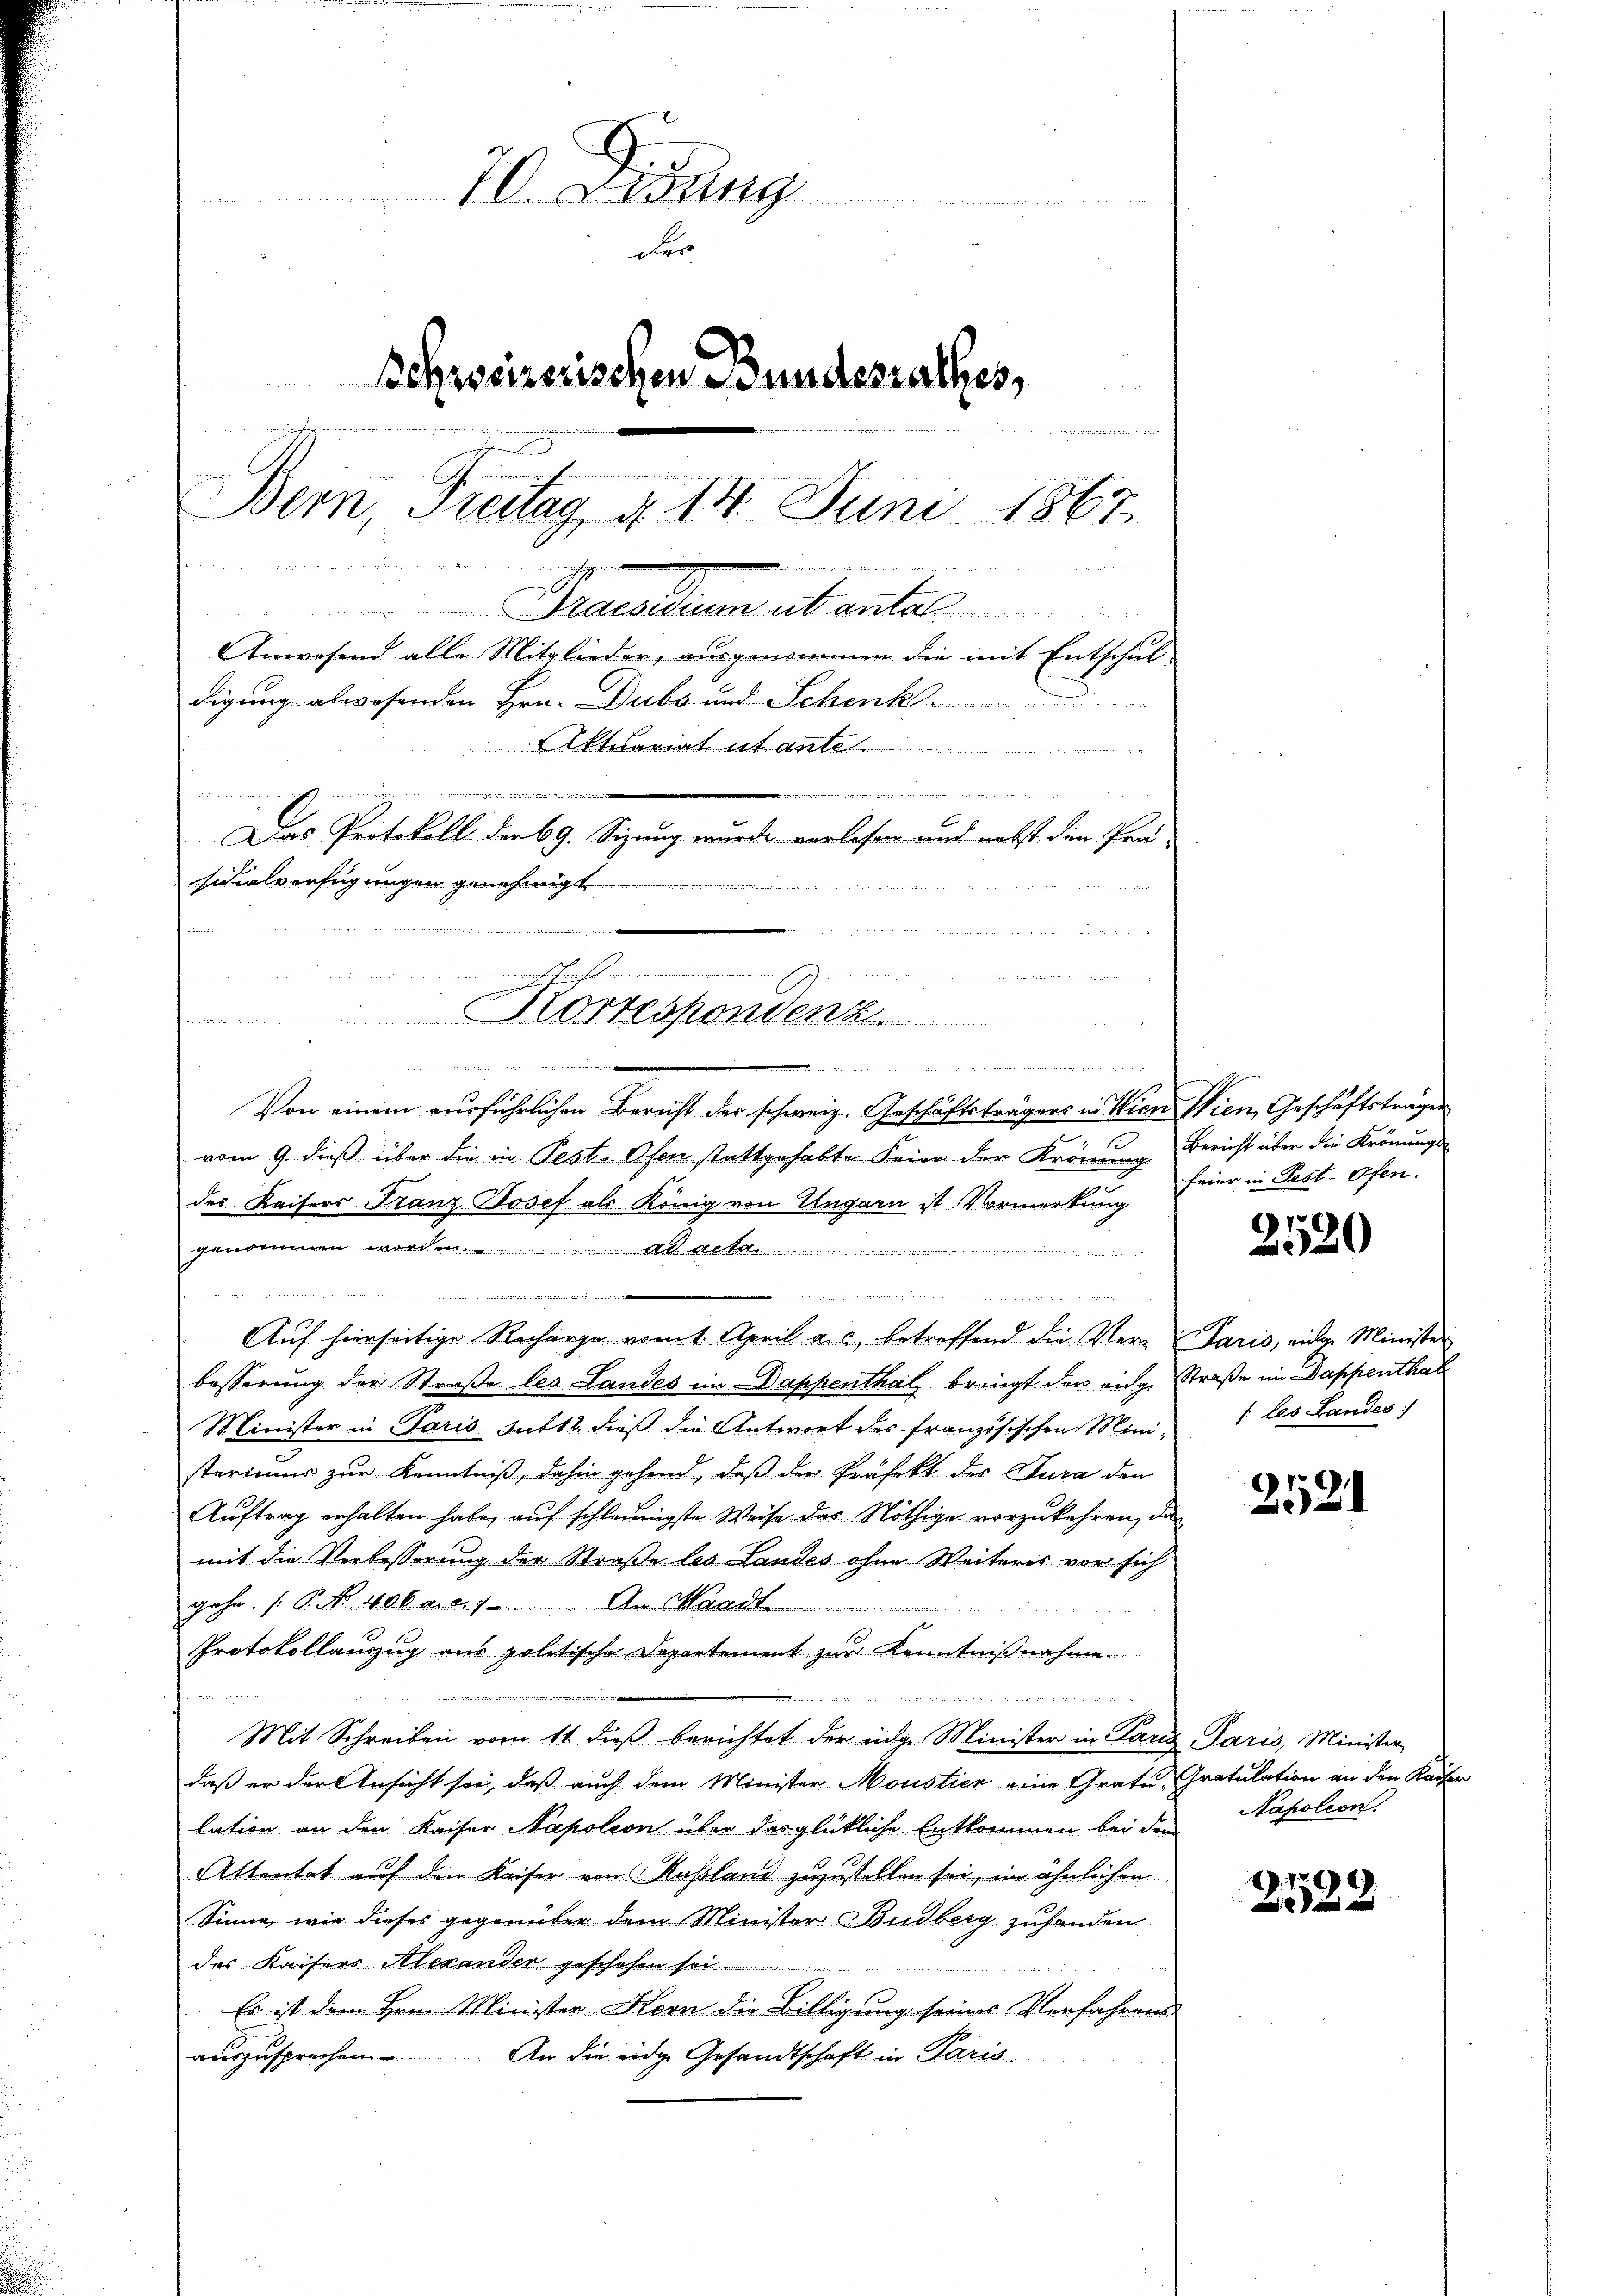
70. Disung
der
Schweizerischen Bundesrathes,
eenge
Ach
Bern, Stenag § 14. Juni 1867
in einen eine ein werden in de
e
u
.
Peratum et antel
Anwesend alle Mitglieder, ausgenommen die mit Entschul-
digung abwesenden Hrn. Dubs und Schenk
Attilariat et ante
Der Vater
e
i
Das Protokoll der 69. Sitzung wurde verlesen und nebst den Pra
sidialverfügungen genehmigt

i
n
n
..........................
Korrespondenz.
n

g sich eng in der das sie wenn ein ange auch

.
Von einem ausführlichen Bericht der schweiz. Geschäftsträgers in Wien Wien, Geschäftsträger
e
vom 9. dieß über die in Pest. Ofen stattgehabte Feier der Krönung
des Kaisers Franz Josef als König. von Ungarn ist Vormerkung
genommen worden. ad acta
iorats ein und und zu und da die Vereits 1571
n
Auf hierseitige Recharge vomt. April a. c., betreffend die Vere Paris, einer Minister
besserung der Straße les Landes im Dappenthal, bringt der einge Straße im Dappenthal
Minister in Paris Gut 12. dieß die Antwort des französischen Mini- les Landes:
steriums zur Kenntniß, dahin gehend, daß der Präfekt des Jura den
Aŭftrag erhalten habe, auf schleunigste Weise das Nöthige vorzukehren, das
mit die Verbesserung der Straße les Landes ohne Weiteres vor sich
gehe. [P. Nr. 406. d. 2.
An Waadt
i
e
Protokollauszug aus politische Departement zur Kenntnißnahme.
.

i

Mit Schreiben vom 11 dieß berichtet der eidge Minister in Tanz Paris, Minister
daß er der Ansicht sei, daß auch dem Minister Moustier eine Gratu-Gratulation an den Kaiser
lation an den Kaiser Napoleon über das glückliche Entkommen bei dem
Attentat auf den Kaiser von Rußland zuzustellen sei, im ähnlichen
Sinne, wie dieses gegenüber dem Minister Budberg zuhanden
des Kaisers Alexander geschehen s
Es ist dem Hrn. Minister Kern die Billigung seines Verfahrens
auszusprechen. An die eidge Gesandtschaft in Paris,

Bericht über die Krönungs-
feier in Fest. Ofen.

)
20

2521

Napoleon

2522